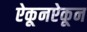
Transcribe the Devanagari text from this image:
ऐकूनऐकून